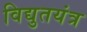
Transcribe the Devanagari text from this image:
विद्युतयंत्र